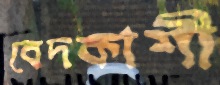
বেদকাশী